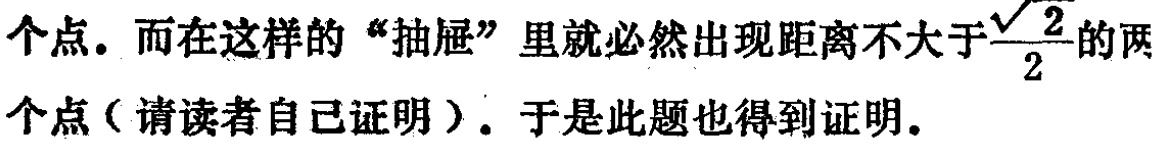
个点。而在这样的“抽屉”里就必然出现距离不大于$\frac{\sqrt{2}}{2}$的两个点（请读者自己证明）。于是此题也得到证明。